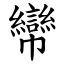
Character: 㡩